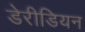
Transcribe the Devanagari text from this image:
डेरीडियन